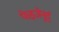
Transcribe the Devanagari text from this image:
फेइजेनूर्द्